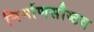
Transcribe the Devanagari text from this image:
निर्माणसौष्ठव